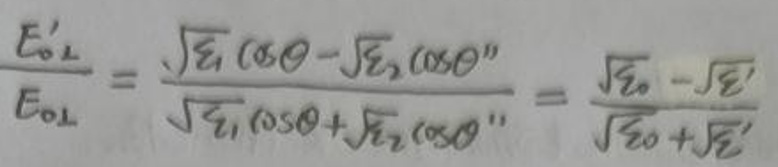
\[
\frac{E_{0\perp}'}{E_{0\perp}}=\frac{\sqrt{\varepsilon_1}\cos\theta - \sqrt{\varepsilon_2}\cos\theta''}{\sqrt{\varepsilon_1}\cos\theta+\sqrt{\varepsilon_2}\cos\theta''}=\frac{\sqrt{\varepsilon_0}-\sqrt{\varepsilon'}}{\sqrt{\varepsilon_0}+\sqrt{\varepsilon'}}
\]